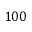
1 0 0